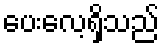
ပေးလေ့ရှိသည်